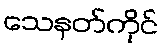
သေနတ်ကိုင်